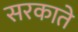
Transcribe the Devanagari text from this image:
सरकाते